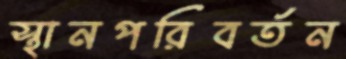
স্থানপরিবর্তন